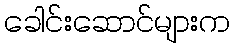
ခေါင်းဆောင်များက